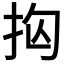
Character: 𭠝